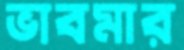
ভাবমার